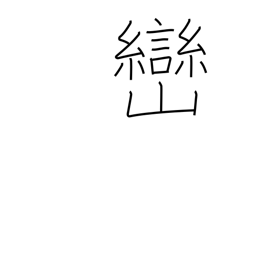
Meaning: small peak